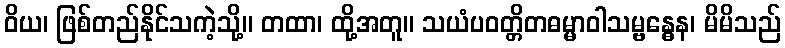
ဝိယ၊ ဖြစ်တည်နိုင်သကဲ့သို့။ တထာ၊ ထို့အတူ။ သယံပဝတ္တိတဓမ္မာဝါသမ္ဗန္ဓေန၊ မိမိသည်